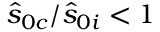
\hat { s } _ { 0 c } / \hat { s } _ { 0 i } < 1